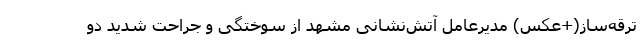
ترقه‌ساز(+عکس) مدیرعامل آتش‌نشانی مشهد از سوختگی و جراحت شدید دو